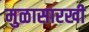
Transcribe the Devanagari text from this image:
मुळासारखी